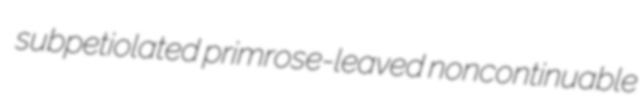
subpetiolated primrose-leaved noncontinuable